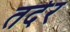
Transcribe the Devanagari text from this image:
तदेर